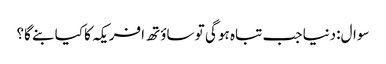
سوال:دنیا جب تباہ ہو گی تو ساؤتھ افریکہ کا کیا بنے گا؟